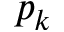
p _ { k }